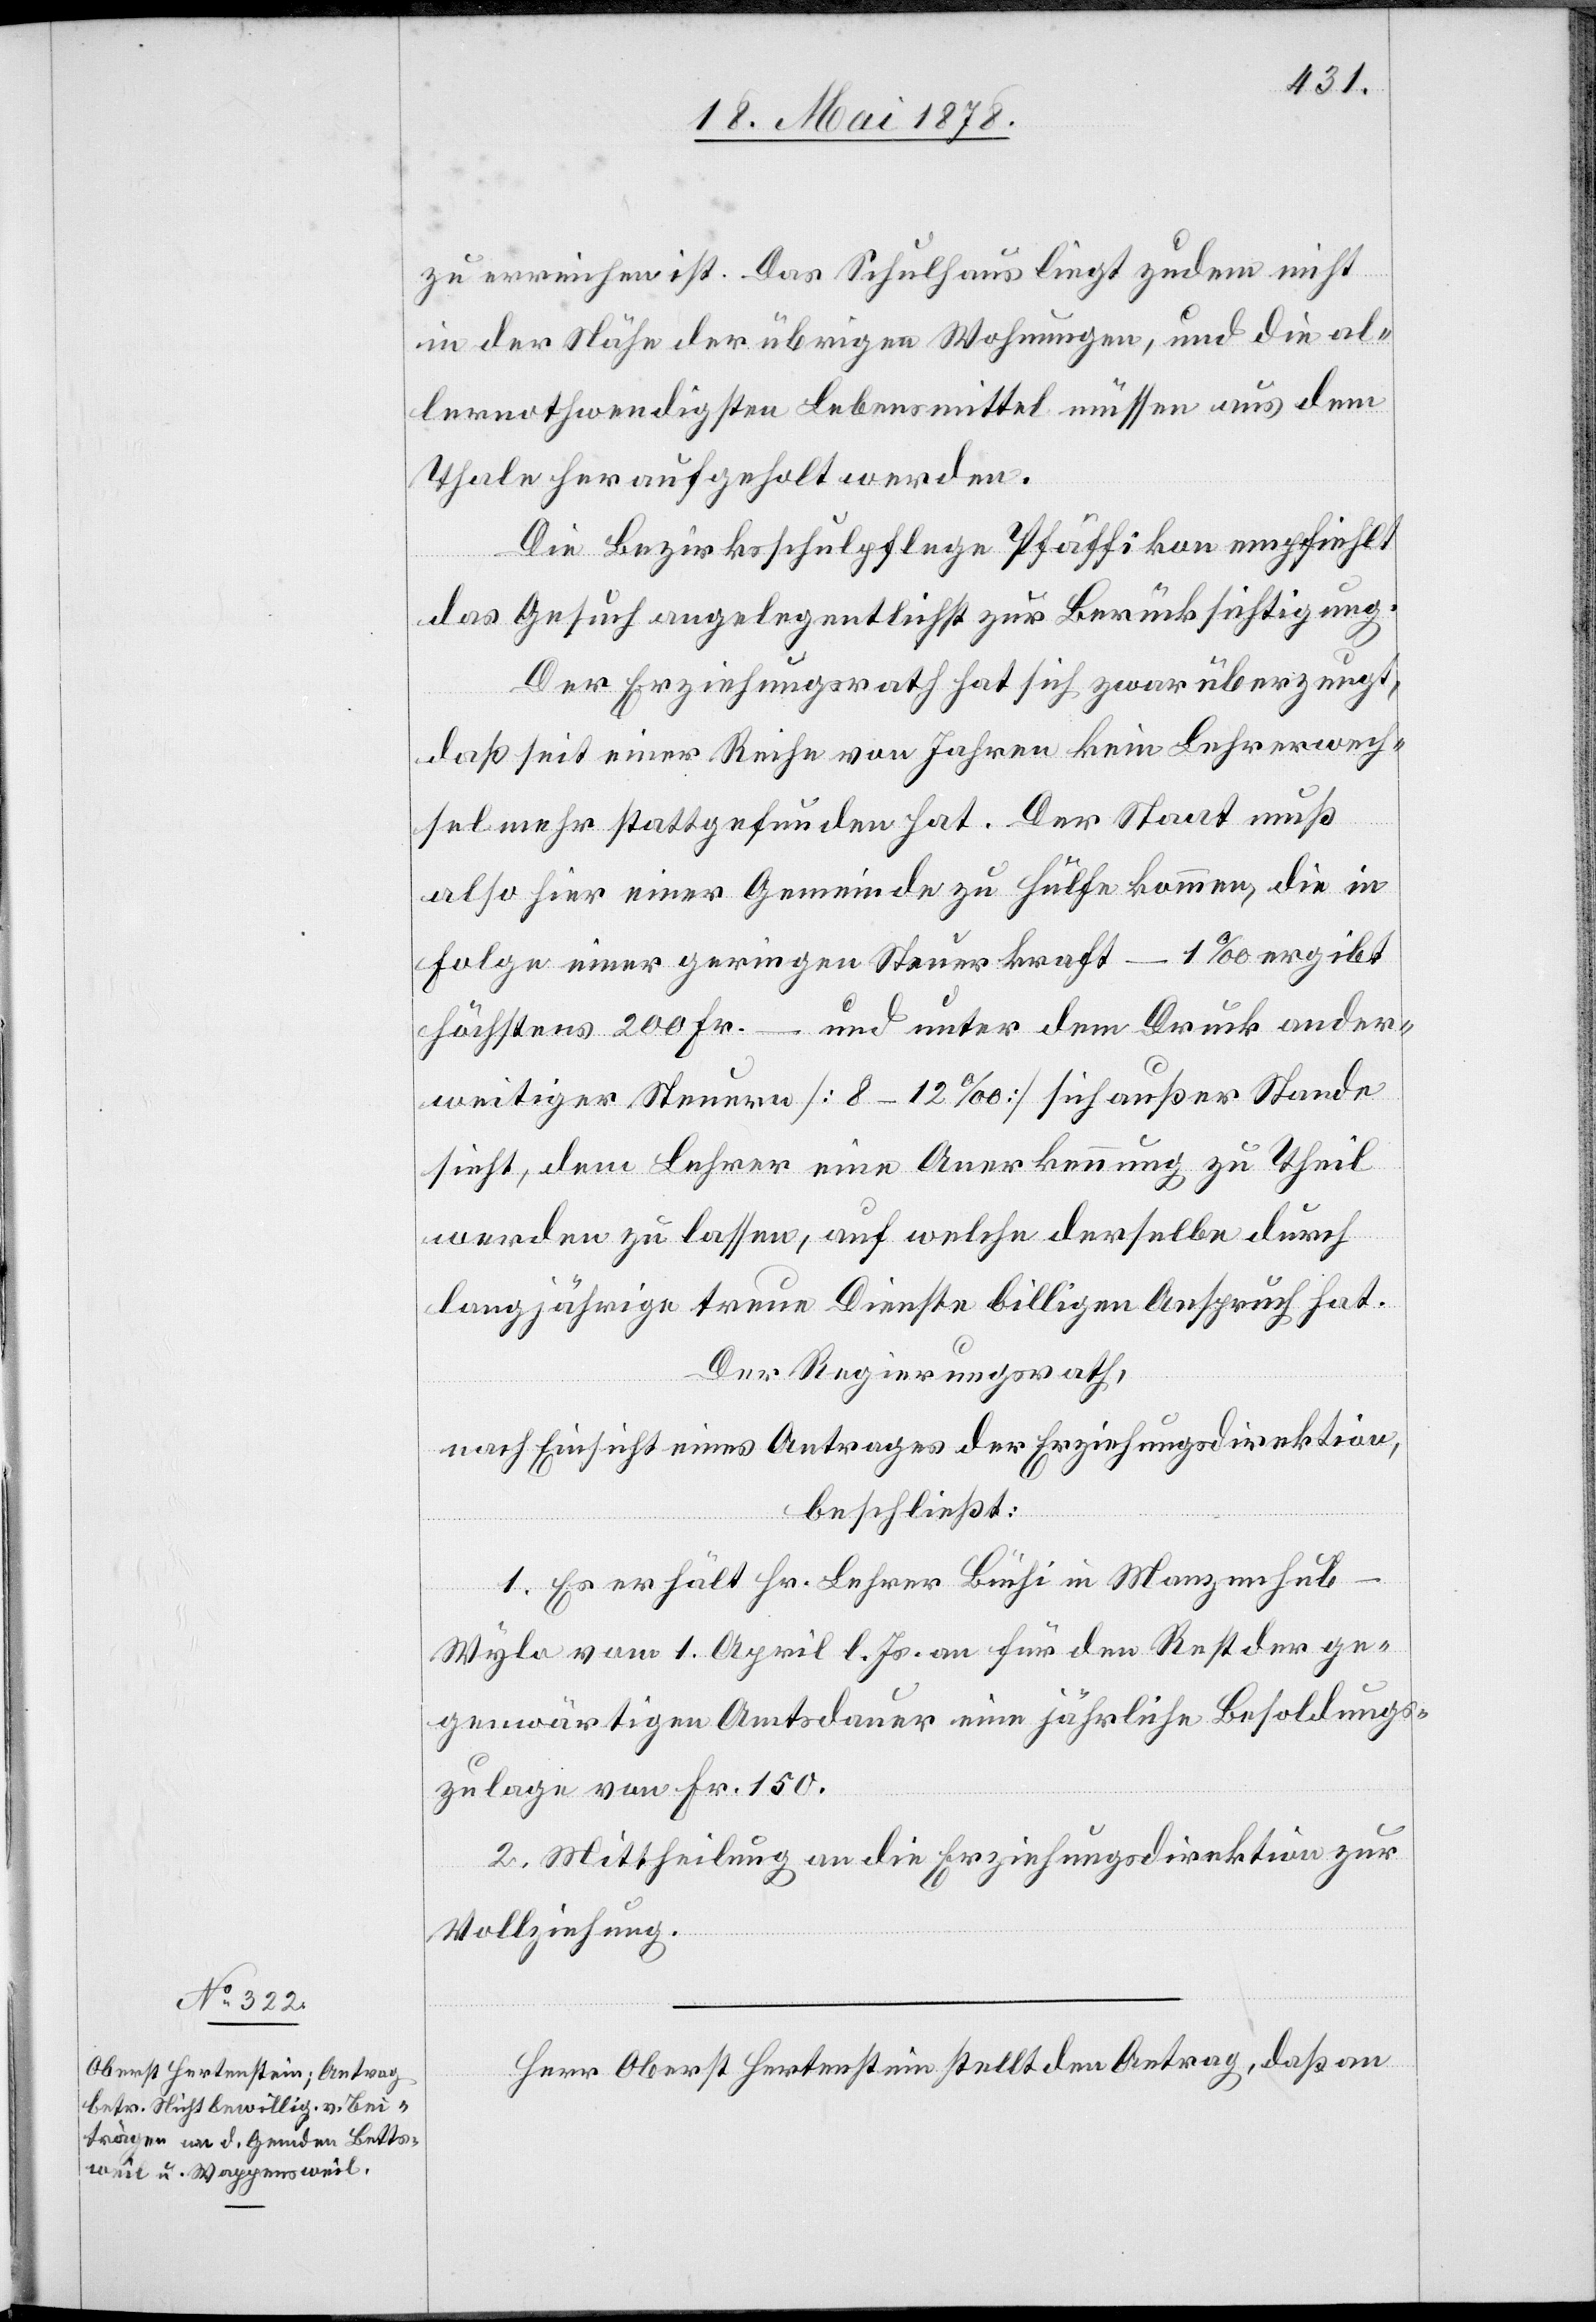
zu erreichen ist. Das Schulhaus liegt zudem nicht
in der Nähe der übrigen Wohnungen, und die al¬
lernothwendigsten Lebensmittel müssen aus dem
Thale heraufgeholt werden.
Die Bezirksschulpflege Pfäffikon empfiehlt
das Gesuch angelegentlichst zur Berücksichtigung.
Der Erziehungsrath hat sich zwar überzeugt,
daß seit einer Reihe von Jahren kein Lehrerwech¬
sel mehr stattgefunden hat. Der Staat muß
also hier einer Gemeinde zu Hülfe kommen, die in
Folge einer geringen Steuerkraft – 1‰ ergibt
höchstens 200 Fr. – und unter dem Druck ander¬
weitiger Steuern [8–12‰] sich außer Stande
sieht, dem Lehrer eine Anerkennung zu Theil
werden zu lassen, auf welche derselbe durch
langjährige treue Dienste billigen Anspruch hat.
Der Regierungsrath,
nach Einsicht eines Antrages der Erziehungsdirektion,
beschließt:
1. Es erhält Hr. Lehrer Büchi in Wangenhub
Wyla vom 1. April l. Js. an für den Rest der ge¬
genwärtigen Amtsdauer eine jährliche Besoldungs¬
zulage von Fr. 150.
2. Mittheilung an die Erziehungsdirektion zur
Vollziehung.
Herr Oberst Hertenstein stellt den Antrag, daß an